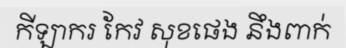
កីឡាករ កែវ សុខផេង នឹងពាក់